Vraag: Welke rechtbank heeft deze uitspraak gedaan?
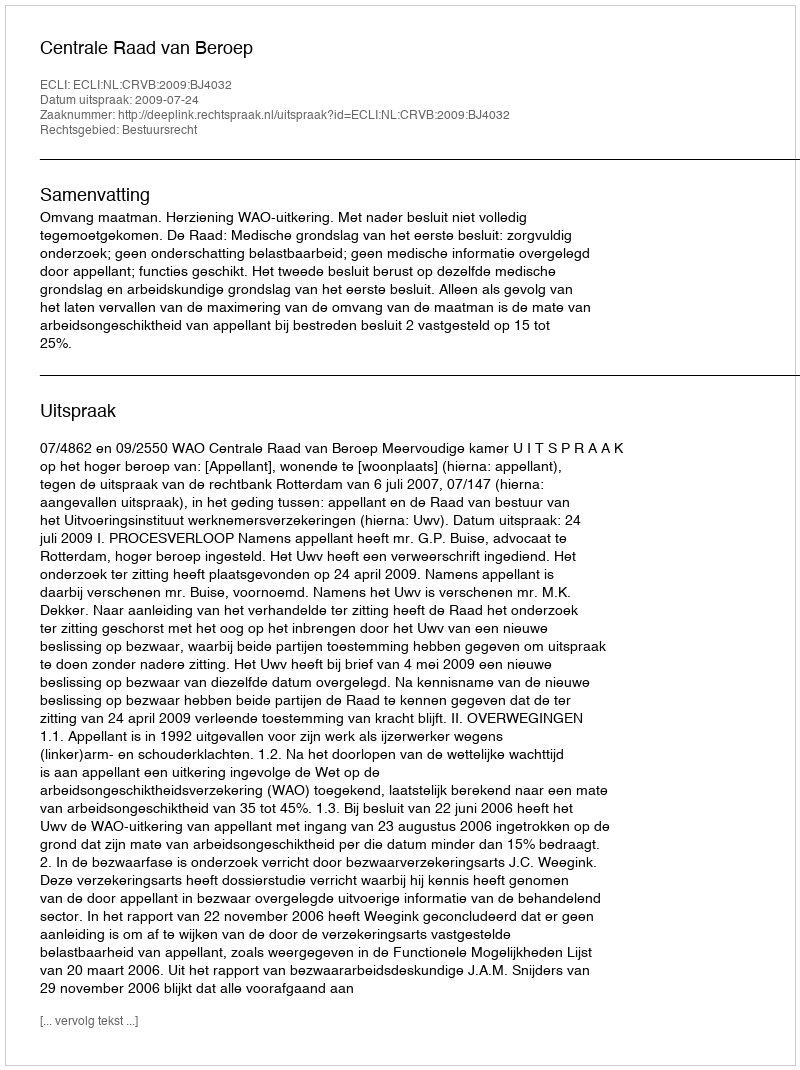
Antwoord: Centrale Raad van Beroep